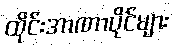
ထိုင်းအာဏာပိုင်များ